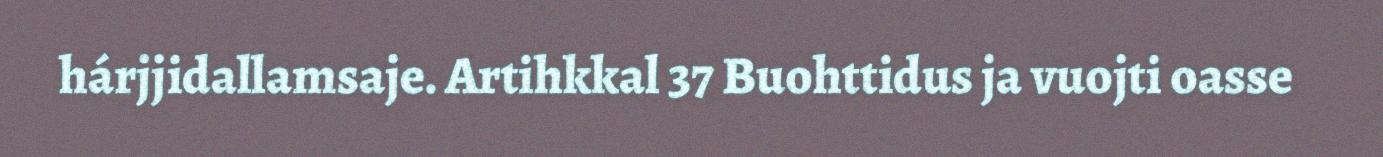
hárjjidallamsaje. Artihkkal 37 Buohttidus ja vuojti oasse